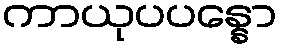
ကာယုပပန္နော